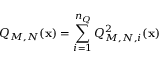
Q _ { M , N } ( \mathbf { x } ) = \sum _ { i = 1 } ^ { { n _ { Q } } } Q _ { M , N , i } ^ { 2 } ( \mathbf { x } )